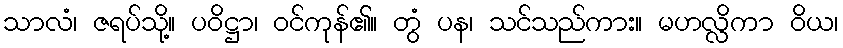
သာလံ၊ ဇရပ်သို့။ ပဝိဋ္ဌာ၊ ဝင်ကုန်၏။ တွံ ပန၊ သင်သည်ကား။ မဟလ္လိကာ ဝိယ၊